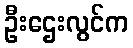
ဦးဌေးလွင်က